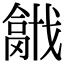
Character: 𢨍